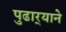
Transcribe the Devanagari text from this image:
पुढार्‍याने